Malaria in the Punjab - Number 46
Disease focus: Malaria
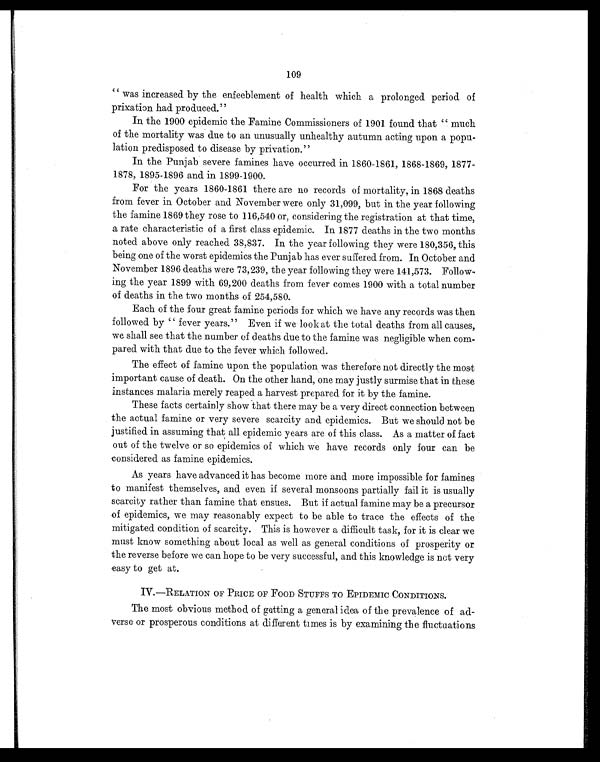
109
" wa s i nc r e a s e d by t he e nf e e bl e me nt of he a l t h whi c h a pr ol onge d pe r i od of
prixation had produced."
In the 1900 epidemic the Famine Commissioners of 1901 found that " much
of the mortality was due to an unusually unhealthy autumn acting upon a popu-
lation predisposed to disease by privation."
In the Punjab severe famines have occurred in 1860-1861, 1868-1869, 1877-
1878, 1895-1896 and in 1899-1900.
For the years 1860-1861 there are no records of mortality, in 1868 deaths
from fever in October and November were only 31,099, but in the year following
the famine 1869 they rose to 116,540 or, considering the registration at that time,
a rate characteristic of a first class epidemic. In 1877 deaths in the two months
noted above only reached 38,837. In the year following they were 180,356, this
being one of the worst epidemics the Punjab has ever suffered from. In October and
November 1896 deaths were 73,239, the year following they were 141,573. Follow-
ing the year 1899 with 69,200 deaths from fever comes 1900 with a total number
of deaths in the two months of 254,580.
Each of the four great famine periods for which we have any records was then
followed by " fever years." Even if we look at the total deaths from all causes,
we shall see that the number of deaths due to the famine was negligible when com-
pared with that due to the fever which followed.
The effect of famine upon the population was therefore not directly the most
important cause of death. On the other hand, one may justly surmise that in these
instances malaria merely reaped a harvest prepared for it by the famine.
These facts certainly show that there may be a very direct connection between
the actual famine or very severe scarcity and epidemics. But we should not be
justified in assuming that all epidemic years are of this class. As a matter of fact
out of the twelve or so epidemics of which we have records only four can be
considered as famine epidemics.
As years have advanced it has become more and more impossible for famines
to manifest themselves, and even if several monsoons partially fail it is usually
scarcity rather than famine that ensues. But if actual famine may be a precursor
of epidemics, we may reasonably expect to be able to trace the effects of the
mitigated condition of scarcity. This is however a difficult task, for it is clear we
must know something about local as well as general conditions of prosperity or
the reverse before we can hope to be very successful, and this knowledge is not very
easy to get at.
IV.—RELATION OF PRICE OF FOOD STUFFS TO EPIDEMIC CONDITIONS.
The most obvious method of getting a general idea of the prevalence of ad-
verse or prosperous conditions at different times is by examining the fluctuations